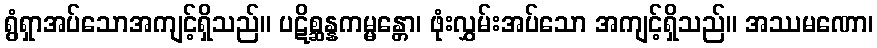
ရွံရှာအပ်သောအကျင့်ရှိသည်။ ပဋိစ္ဆန္နကမ္မန္တော၊ ဖုံးလွှမ်းအပ်သော အကျင့်ရှိသည်။ အဿမဏော၊